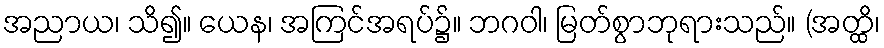
အညာယ၊ သိ၍။ ယေန၊ အကြင်အရပ်၌။ ဘဂဝါ၊ မြတ်စွာဘုရားသည်။ (အတ္ထိ၊